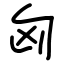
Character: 匈